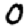
Digit: 0